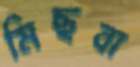
মিছবা